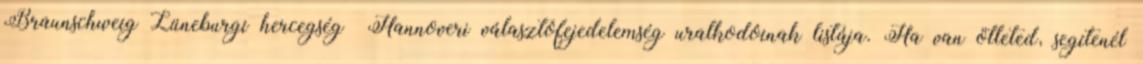
Braunschweig–Lüneburgi hercegség Hannoveri választófejedelemség uralkodóinak listája. Ha van ötleted, segítenél